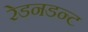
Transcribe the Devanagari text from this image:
रेडनडन्ट